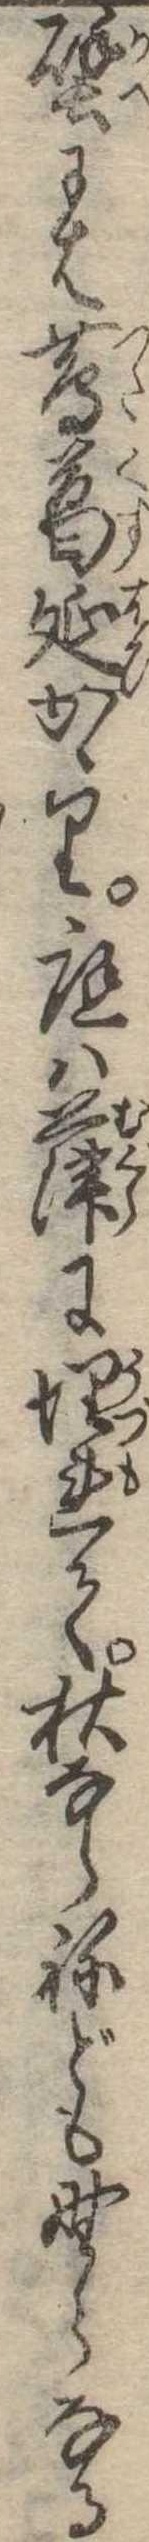
壁には蔦葛延かゝり庭は葎に埋れて秋ならねども野らなる